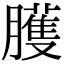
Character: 臒